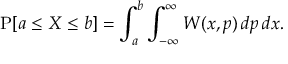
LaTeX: \operatorname { P } [ a \leq X \leq b ] = \int _ { a } ^ { b } \int _ { - \infty } ^ { \infty } W ( x , p ) \, d p \, d x .